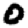
Digit: 0